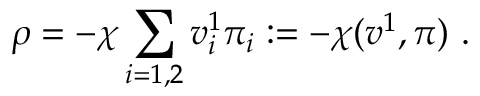
\rho = - \chi \sum _ { i = 1 , 2 } v _ { i } ^ { 1 } \pi _ { i } : = - \chi ( v ^ { 1 } , \pi ) \ .